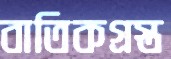
বাতিকগ্রস্ত